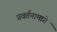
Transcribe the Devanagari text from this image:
प्रवर्तनामागे